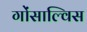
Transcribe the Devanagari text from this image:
गोंसाल्विस